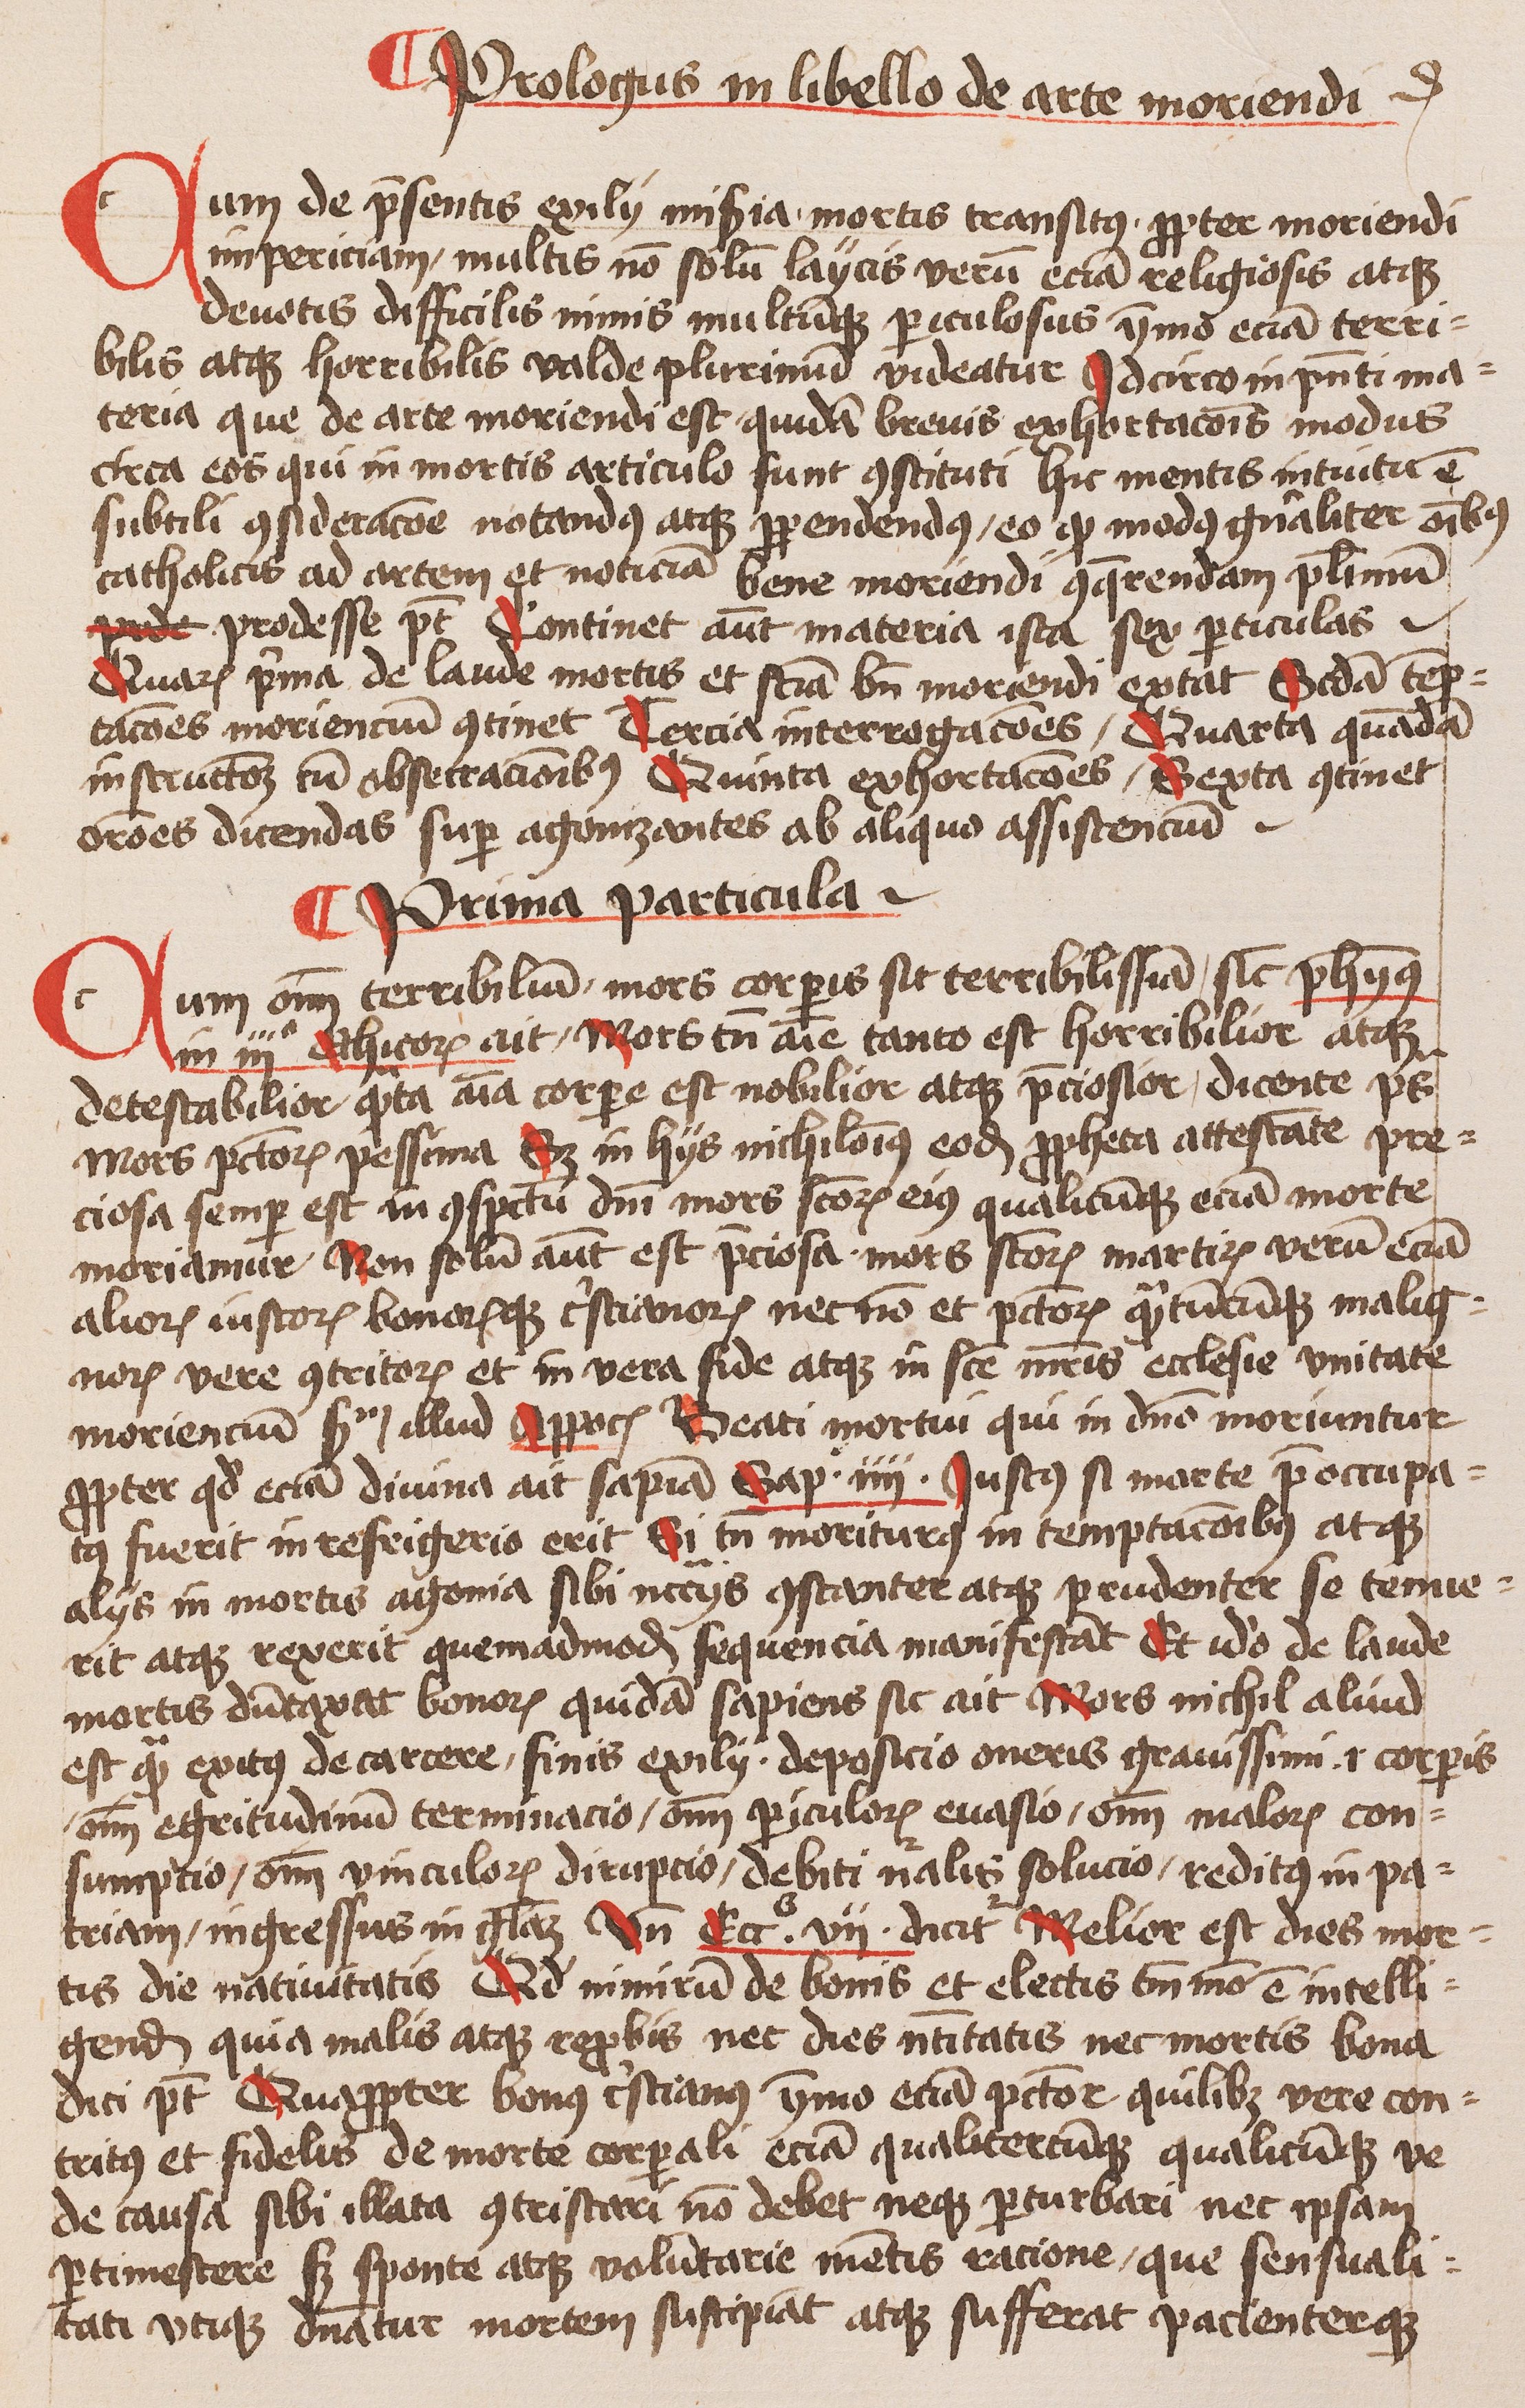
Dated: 1445–1445